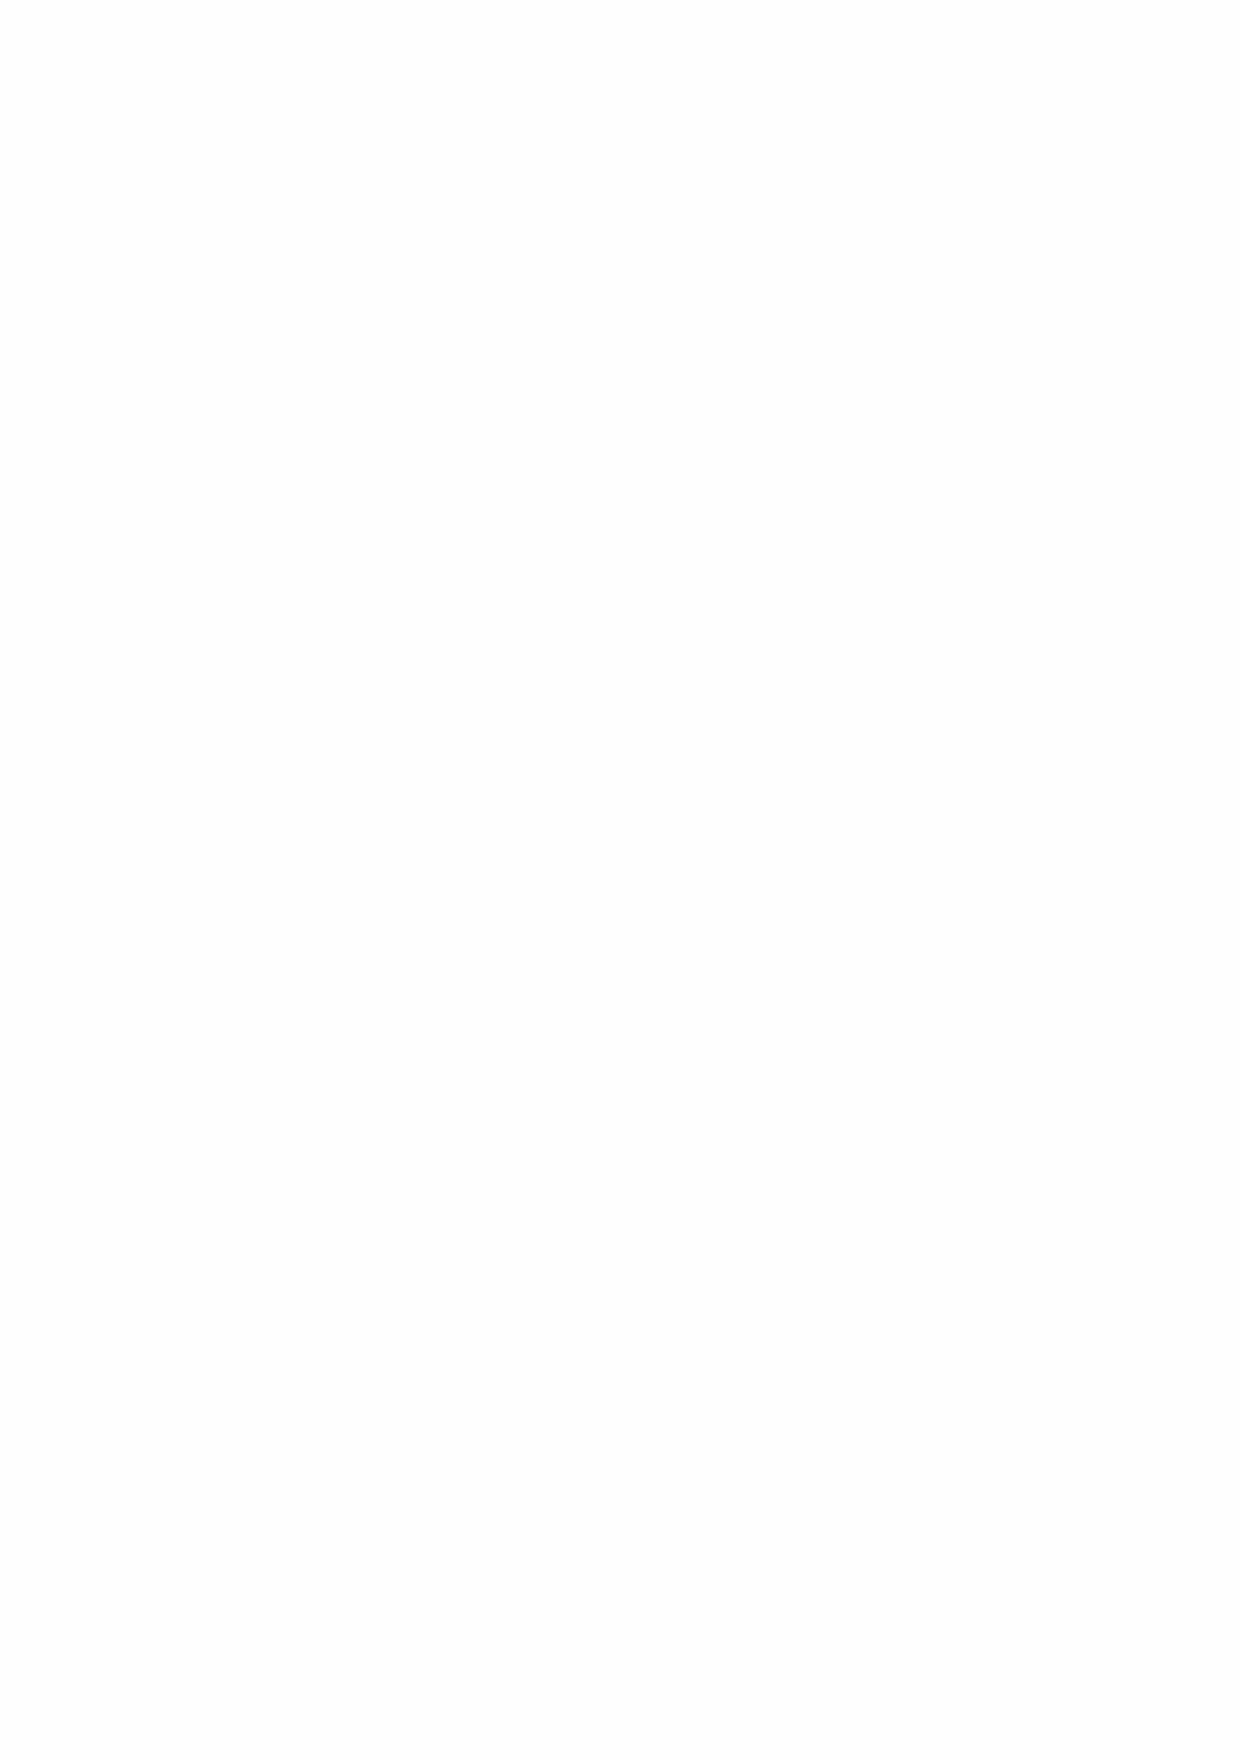
24 Analysis of Funds
 Unrestricted Reserves is the legal term for the unexpended resources which can be used for any
 purpose within the Hospital’s aims and objectives.
 Balance at 31 Net Incoming Movement in Gain on Transfer from Balance at 31
 August 2019 resources pension revaluation of restricted funds August 2020
 provision charitable
 properties
 £m     £m      £m      £m      £m     £m
 Charity
 General fund          381.0  (23.9)  (0.9)     -     0.4   356.6
 Revaluation reserve    1.0     -       -      1.8     -     2.8
 382.0  (23.9)  (0.9)    1.8    0.4   359.4
 Group
 General fund          384.0  (23.8)  (0.9)     -     0.4   359.7
 Revaluation reserve    1.0     -       -      1.8     -     2.8
 385.0  (23.8)  (0.9)    1.8    0.4   362.5
 Designated Reserves represent monies the School has earmarked for specific projects.
 Balance at 31 Incoming Resources Transfer to Balance at 31
 Charity and Group    August 2019 resources expended unrestricted August 2020
 £m      £m       £m       £m      £m
 Newton Fund               0.7      -        -        -      0.7
 Boathouse donation        0.1      -        -        -      0.1
 0.8      -        -        -      0.8
 Restricted Reserves represent monies received by way of gifts and legacies where the use is
 limited by specific conditions. They relate to the School and include funds for Bursaries, capital
 redevelopment projects and for specific clubs and societies.
 Balance at 31 Incoming Resources Transfer to Balance at 31
 August 2019 resources expended unrestricted August 2020
 £m      £m       £m       £m      £m
 Charity
 RHS restricted funds      0.3    1.9      (1.5)    (0.4)    0.3
 0.3    1.9      (1.5)    (0.4)    0.3
 Group
 RHS restricted funds      0.3    1.5      (1.5)      -      0.3
 Restricted RHSCT          0.9    0.1        -      (0.4)    0.6
 1.2    1.6      (1.5)    (0.4)    0.9
 Analysis of net assets by fund
 2020                   2019
 Unrestricted Designated Restricted Unrestricted Designated Restricted
 fund   fund    fund    fund    fund   fund
 Group                  £m     £m      £m      £m     £m      £m
 Fixed assets          40.0    -       -      39.0     -      -
 Investment assets     371.2  0.8      -     391.2    0.8     -
 Current assets        11.4    -      0.9     15.8     -     1.2
 Current liabilities   (7.9)   -       -      (8.8)    -      -
 Non-current liabilities (20.5) -      -     (20.6)    -      -
 Pension liability     (31.7)  -       -     (31.6)    -      -
 362.5  0.8     0.9    385.0    0.8    1.2
 63